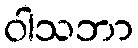
ဝါသဘာ